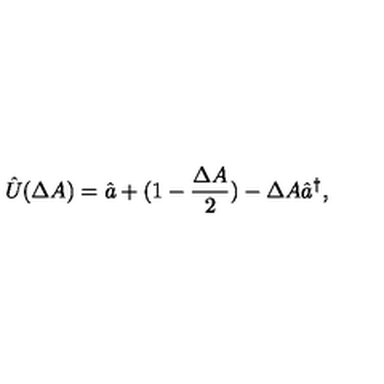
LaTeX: \hat { U } ( \Delta A ) = \hat { a } + ( 1 - \frac { \Delta A } { 2 } ) - \Delta A \hat { a } ^ { \dag } ,